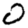
Digit: 0